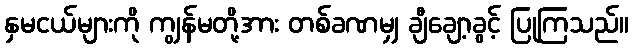
နှမငယ်များကို ကျွန်မတို့အား တစ်ခဏမျှ ချီချော့ခွင့် ပြုကြသည်။